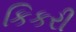
કિકરી